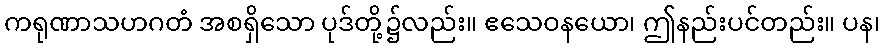
ကရုဏာသဟဂတံ အစရှိသော ပုဒ်တို့၌လည်း။ ဧသေဝနယော၊ ဤနည်းပင်တည်း။ ပန၊